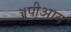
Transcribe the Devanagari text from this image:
ॲपीआय